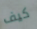
كيف